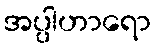
အပ္ပါဟာရော